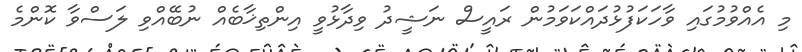
މި އެއްވުމުގައި ވާހަކަފުޅުދައްކަވަމުން ރައީސް ނަޝީދު ވިދާޅުވީ އިންތިޚާބެއް ނުބޭއްވި ލަސްވާ ކޮންމެ